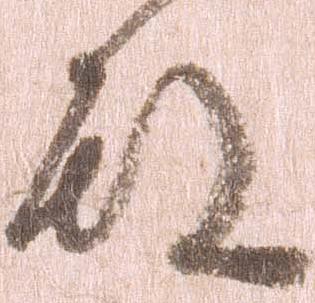
殿